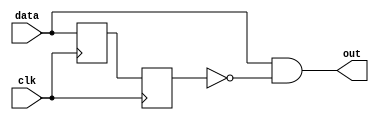
module posedgedetector(input data, input clk, output out);
	reg delayeddata;
	reg data_sync;
	//wire data_sync2;
	//reg [2:0] tog;
	//assign {delayeddata, data_sync, data_sync2} = tog;
	always@(posedge clk) begin
		delayeddata <= data;
		data_sync <= delayeddata;
		//if(data) tog <= 3'b111;
		//else tog <= 0;
	end
	assign out = data & ~data_sync;
endmodule
module changedetector(input [3:0] state, input clk, output out);
	reg [3:0] delayeddata;
	reg [3:0] data_sync;
	always@(posedge clk) begin
		delayeddata <= state;
		data_sync <= delayeddata;
	end
	assign out = (data_sync != state);


endmodule
module memory(input clk, input reset,input enable, input rdwr,
		input [31:0] address,
		input [31:0] mem_input,
		output reg [31:0] outputdata,
		//change add reg
		output mem_ready); 
	
	reg internalready;
	reg [4:0] counter;	
	//reg [1023:0] ram [127:0];
	reg [31:0] ram [1048576:0];
	


	//new change
	reg tmpenable;
	//assign mem_ready = (~tmpenable) & internalready;
	wire enableedge;
	posedgedetector detectenable(enable,clk,enableedge);
	assign mem_ready = (~enableedge) & internalready;

	always @(posedge clk) begin
		if(reset) begin 
			internalready <=1;
			//mem_ready <= (~enable) & internalready;
		end
		else if(counter > 2) begin
			counter <= counter -1;
		end else if(counter ==2) begin
			if(rdwr) ram[address[31:2]] <= mem_input;
			outputdata <= ram[address[31:2]];
			counter <= 1;
			internalready <= 1;
			tmpenable <= 0;
			//mem_ready <= 1;
			
			
		end else if(counter==1)begin
			counter <=0;
		end
		else if(enable) begin
			counter <= 21; //changed from 21
			internalready <= 0;
			tmpenable <= enable;
//			mem_ready <= (~enable) & internalready;		
		end
	end
endmodule